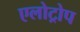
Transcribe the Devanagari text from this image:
एलोट्रोप